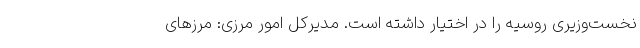
نخست‌وزیری روسیه را در اختیار داشته‌ است. مدیرکل امور مرزی: مرزهای